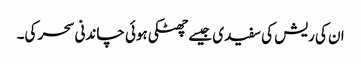
ان کی ریش کی سفیدی جیسے چھٹکی ہوئی چاندنی سحر کی۔